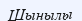
Шынылы